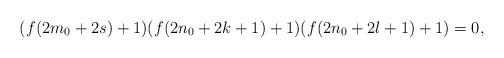
LaTeX: \begin{align*}(f(2m_0+2s)+1)(f(2n_0+2k+1)+1)(f(2n_0+2l+1)+1)=0,\end{align*}